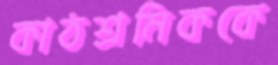
কাঠশ্রমিককে